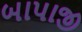
બાપાજી